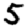
Digit: 5